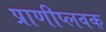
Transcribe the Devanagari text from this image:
प्राणीप्लवक